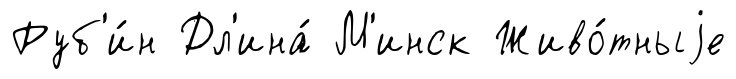
Руб'и́н Дл'ина́ М'инск Живо́тныjе